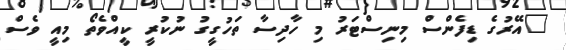
"އޭރުގެ ޑިފެންސް މިނިސްޓަރު މި ހާދިސާ ތަހުގީގު ނުކުރީ ކީއްވެތޯ މިއީ ވެސް